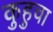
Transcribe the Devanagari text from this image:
कुहुवा